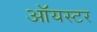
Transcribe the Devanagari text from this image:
ऑयस्टर